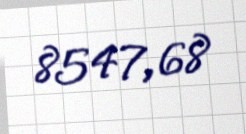
8547,68